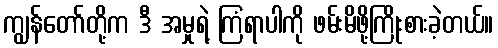
ကျွန်တော်တို့က ဒီ အမှုရဲ့ ကြံရာပါကို ဖမ်းမိဖို့ကြိုးစားခဲ့တယ်။